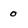
Character: 0